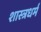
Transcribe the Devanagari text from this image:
शास्त्रधर्म